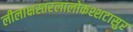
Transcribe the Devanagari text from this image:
लीलाक्षस्तरलालोकश्शटासुर